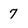
Character: 7